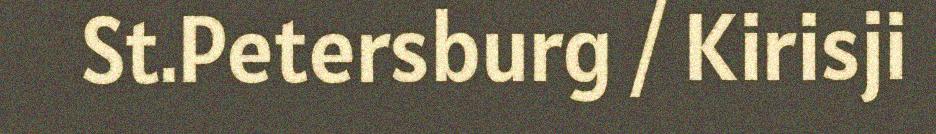
St.Petersburg / Kirisji